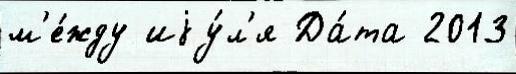
м'е́жду иjу́л'я Да́та 2013